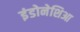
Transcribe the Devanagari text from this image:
इंडोनेशिआ